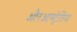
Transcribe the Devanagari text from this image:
औरआस्ट्रेलिया